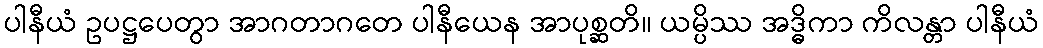
ပါနီယံ ဥပဋ္ဌပေတွာ အာဂတာဂတေ ပါနီယေန အာပုစ္ဆတိ။ ယမ္ပိဿ အဒ္ဓိကာ ကိလန္တာ ပါနီယံ